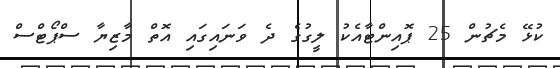
ކުޅޭ މެޗުން 25 ޕޮއިންޓާއެކު ލީގުގެ ދެ ވަނައިގައި އޮތް މާޒިޔާ ސްޕޯޓްސް